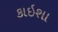
કાઇશા